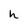
Character: h